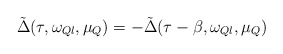
\begin{align*}\tilde{\Delta}(\tau,\omega_{Ql},\mu_Q) =-\tilde{\Delta}(\tau-\beta,\omega_{Ql},\mu_Q)\end{align*}